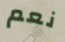
نعم